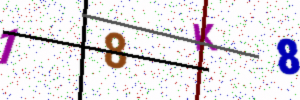
Text: 18K8